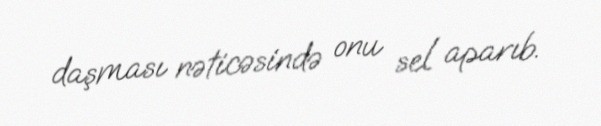
daşması nəticəsində onu sel aparıb.